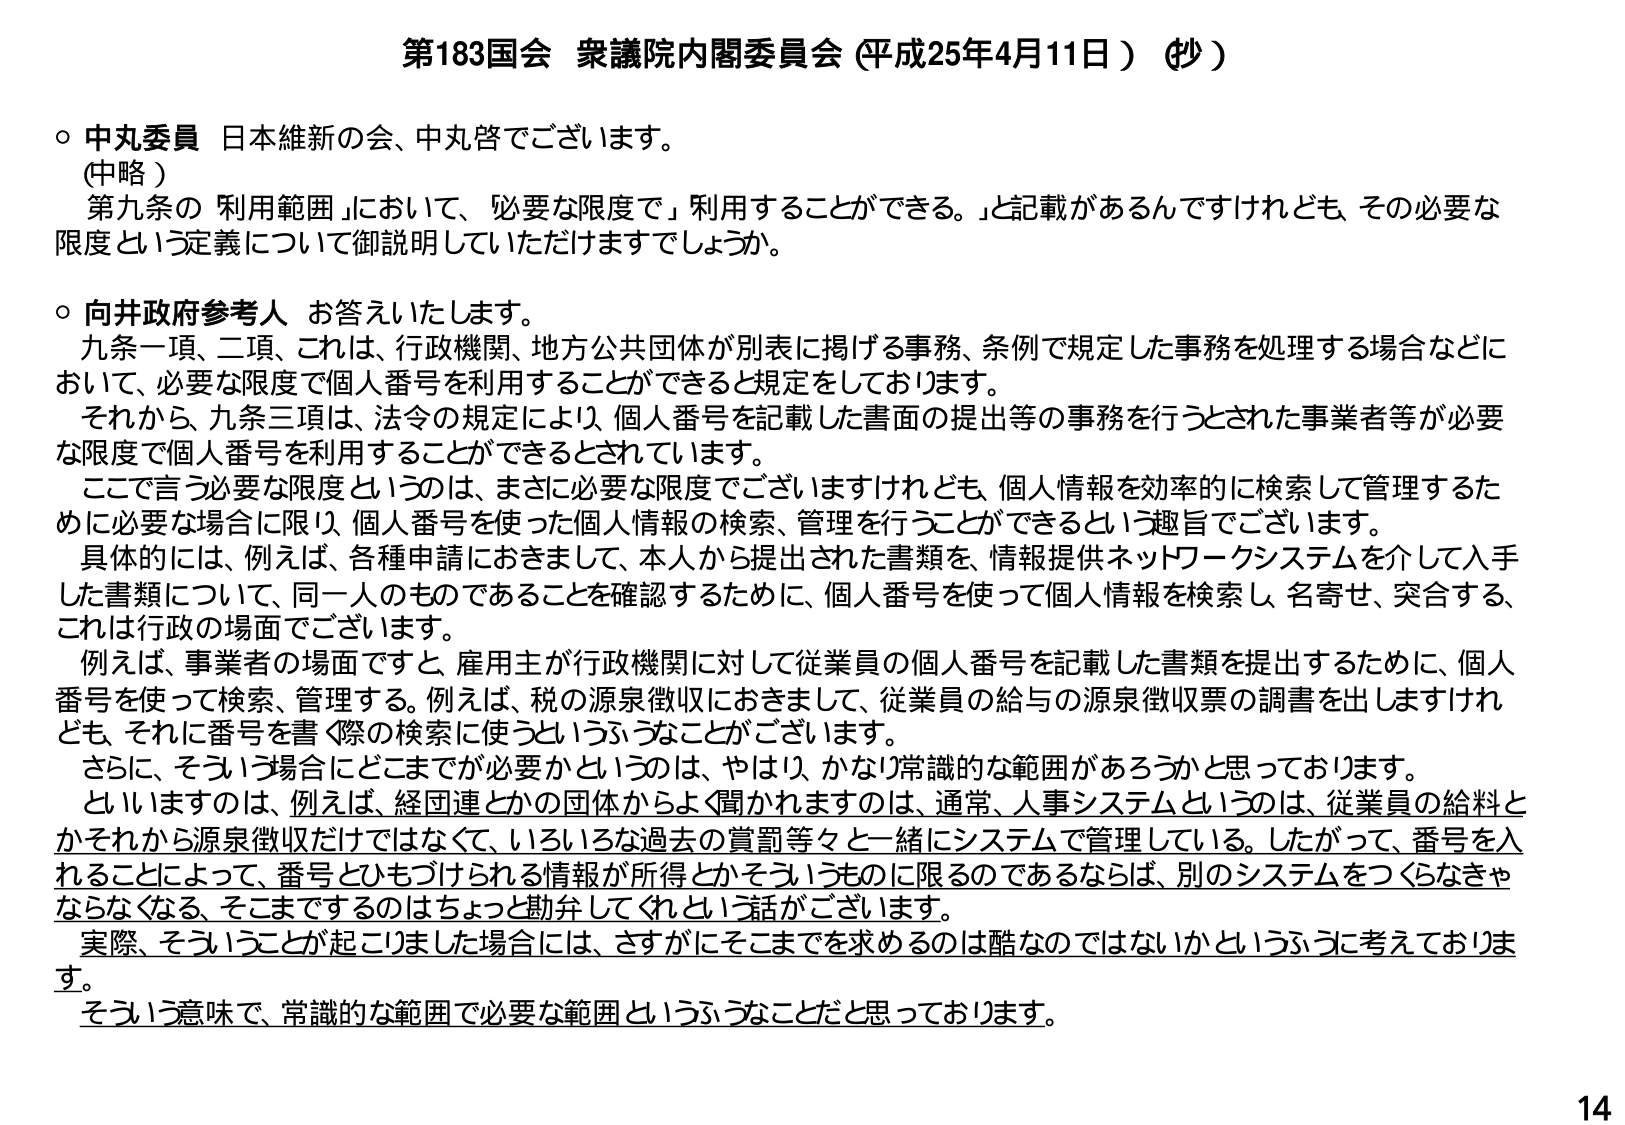
第183国会 衆議院内閣委員会（平成25年4月11日）（抄）

○ 中丸委員 日本維新の会、中丸啓でございます。
（中略）
　第九条の「利用範囲」において、「必要な限度で」利用することができる。」と記載があるんですけれども、その必要な限度という定義について御説明していただけますでしょうか。

○ 向井政府参考人 お答えいたします。
　九条一項、二項、これは、行政機関、地方公共団体が別表に掲げる事務、条例で規定した事務を処理する場合などにおいて、必要な限度で個人番号を利用することができますと規定をしております。
　それから、九条三項は、法令の規定により、個人番号を記載した書面の提出等の事務を行うとされた事業者等が必要な限度で個人番号を利用することができるとしています。
　ここで言う必要な限度というのは、まさに必要な限度でございますけれども、個人情報を効率的に検索して管理するために必要な場合に限り、個人番号を使った個人情報の検索、管理を行うことができるという趣旨でございます。
　具体的には、例えば、各種申請におきまして、本人から提出された書類を、情報提供ネットワークシステムを介して入手した書類について、同一人のものであることを確認するために、個人番号を使って個人情報を検索し、名寄せ、突合する、これは行政の場面でございます。
　例えば、事業者の場面ですと、雇用主が行政機関に対して従業員の個人番号を記載した書類を提出するために、個人番号を使って検索、管理する。例えば、税の源泉徴収におきまして、従業員の給与の源泉徴収票の調書を出しますけれども、それに番号を書く際の検索に使うというふうなことがございます。
　さらに、そういう場合にどこまでが必要かというのは、やはり、かなり常識的な範囲があろうかと思っております。
　としますのは、例えば、経団連とかの団体からよく聞かれますのは、通常、人事システムというのは、従業員の給料とかそれから源泉徴収だけではなくて、いろいろな過去の賞罰等々と一緒にシステムで管理している。したがって、番号を入れることによって、番号とひもづけられる情報が所得とかそういうものに限るのであるならば、別のシステムをつくらなきゃならなくなる、そこまでするのはちょっと勘弁してくれという話がございます。
　実際、そういうことが起こりました場合には、さすがにそこまでを求めるのは酷なのではないかというふうに考えております。
　そういう意味で、常識的な範囲で必要な範囲というふうなことだと思っております。

14